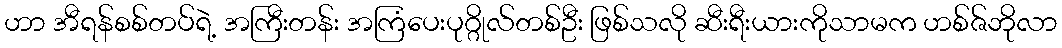
ဟာ အီရန်စစ်တပ်ရဲ့ အကြီးတန်း အကြံပေးပုဂ္ဂိုလ်တစ်ဦး ဖြစ်သလို ဆီးရီးယားကိုသာမက ဟစ်ဇ်ဘိုလာ